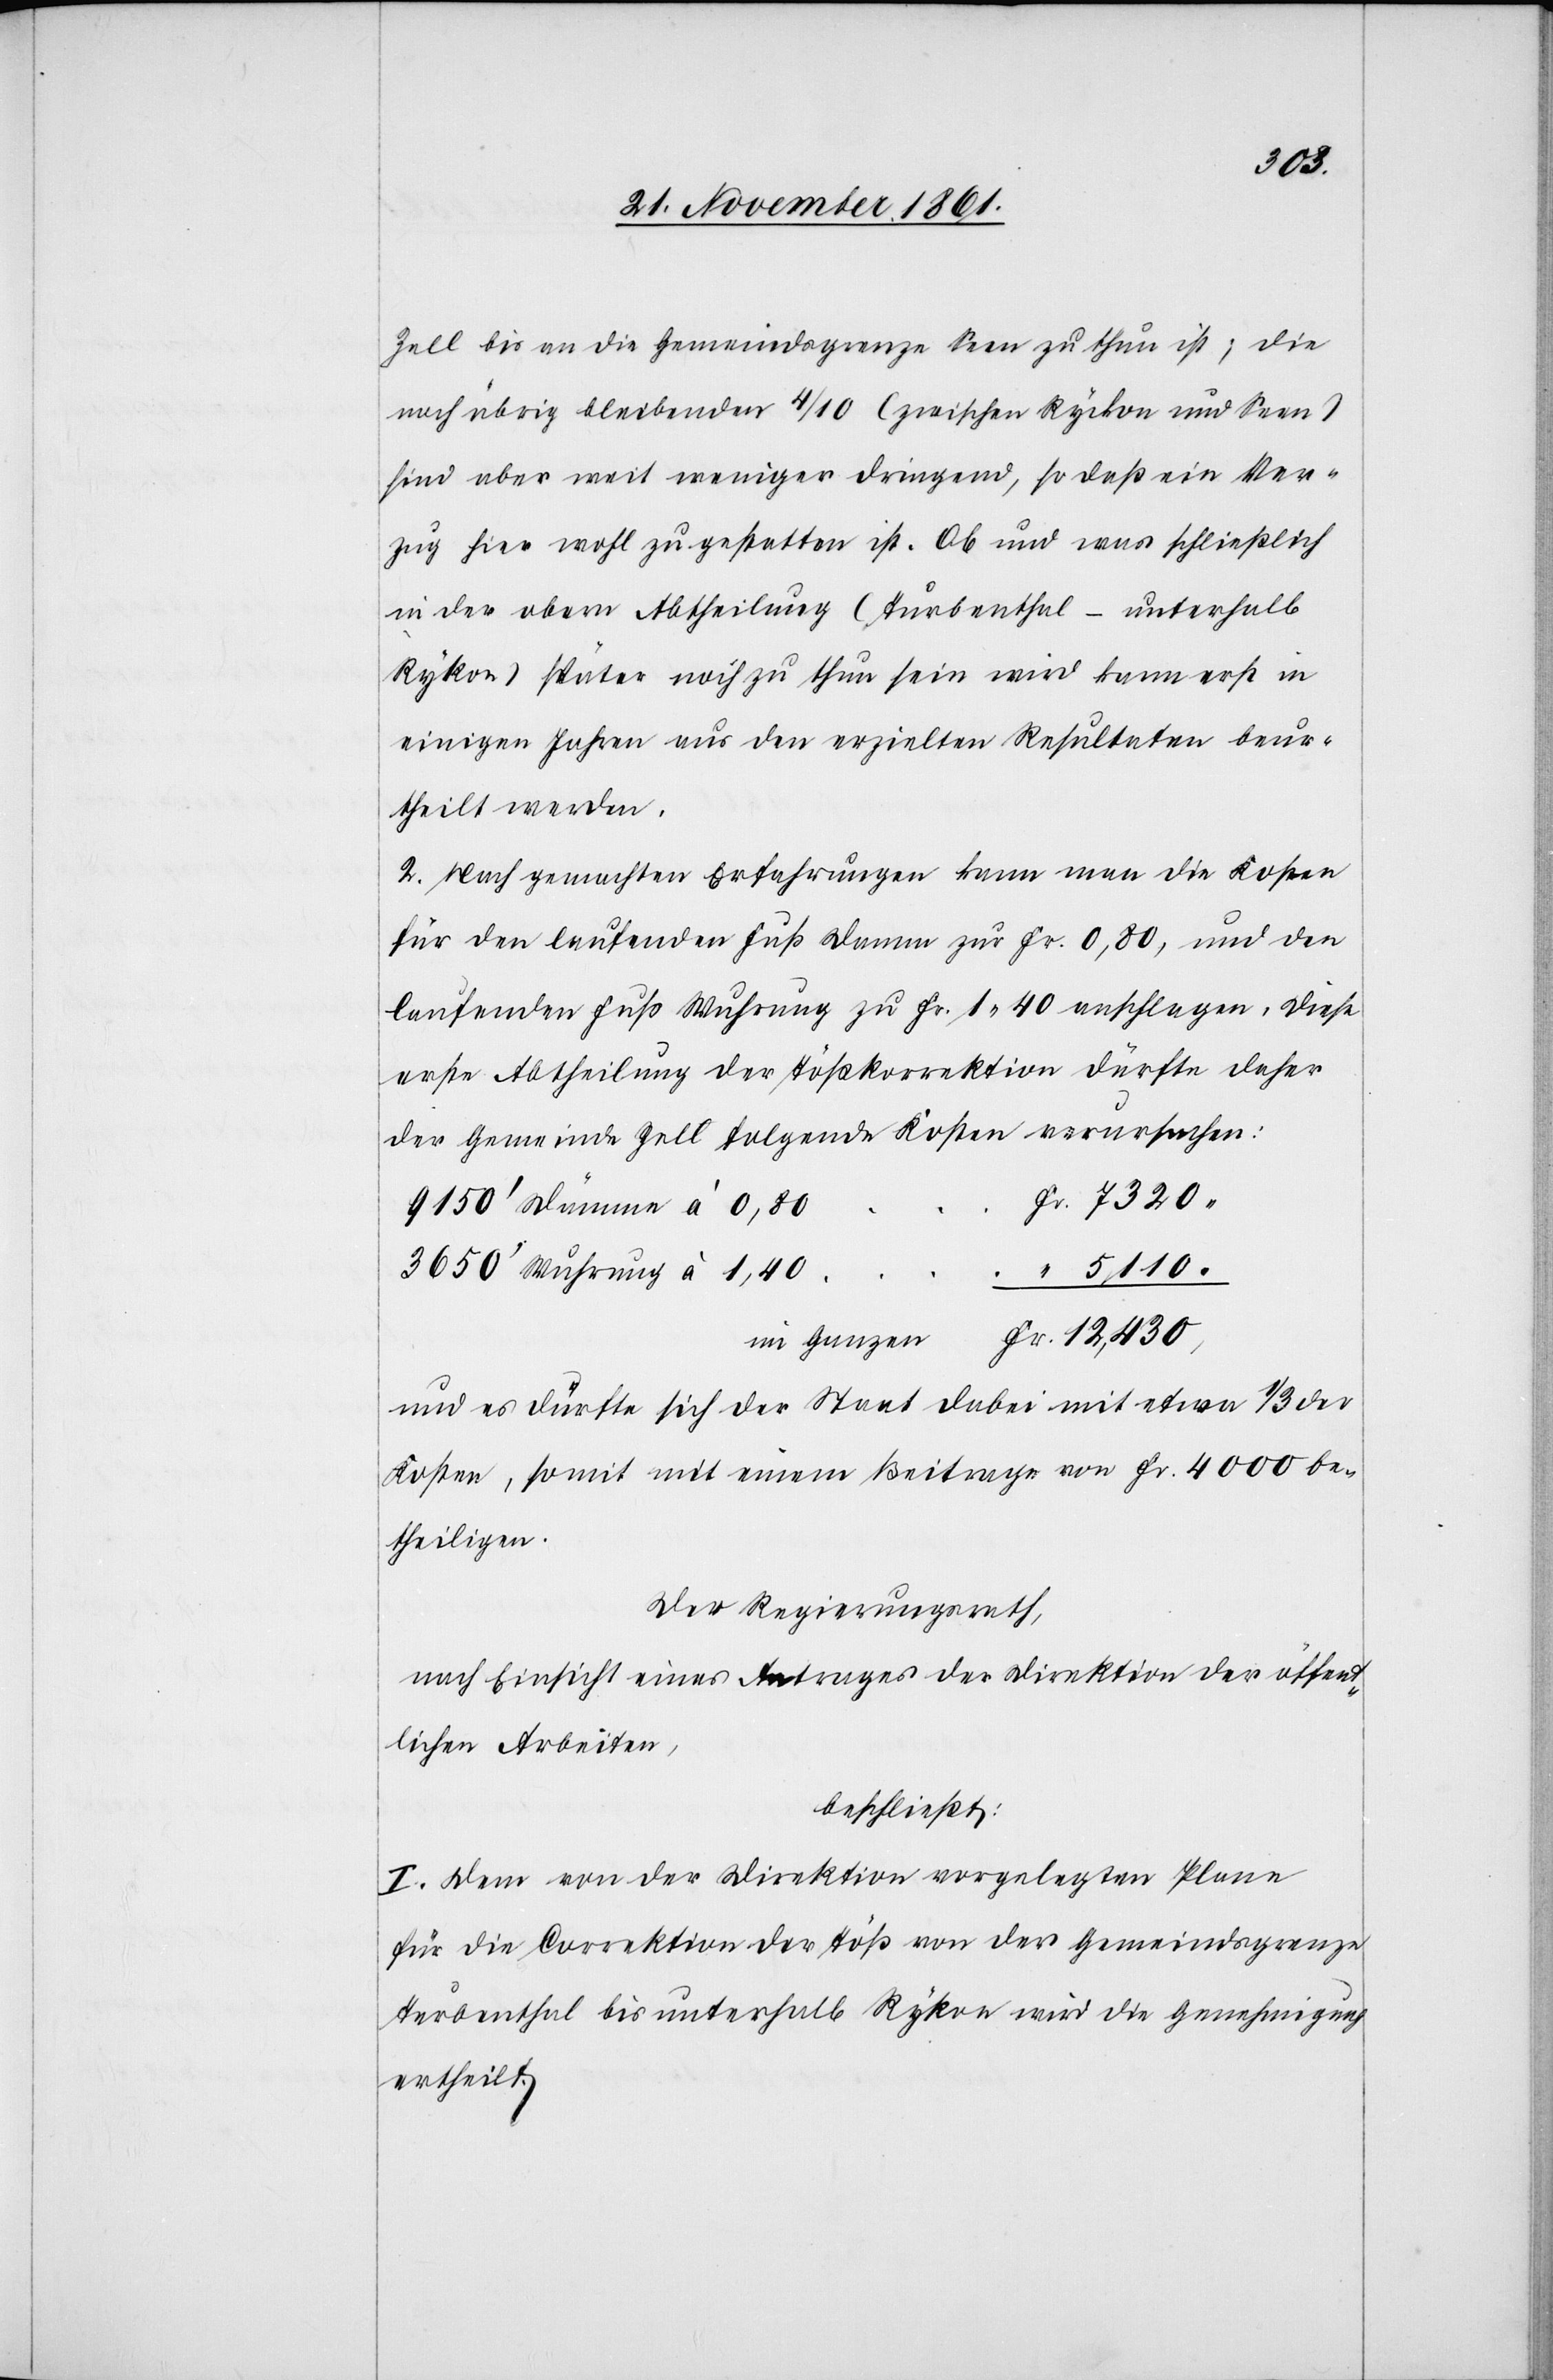
Zell bis an die Gemeindsgrenze Seen zu thun ist; die
noch übrig bleibenden 4/10 (zwischen Rykon und Seen)
sind aber weniger dringend, so daß ein Ver¬
zug hier wohl zu gestatten ist. Ob und was schließlich
in der obern Abtheilung (Turbenthal – unterhalb
Rykon) später noch zu thun sein wird kann erst in
einigen Jahren aus den erzielten Resultaten beur¬
theilt werden.
2. Nach gemachten Erfahrungen kann man die Kosten
für den laufenden Fuß Damm zu Fr. 0,80, und den
laufenden Fuß Wuhrung zu Fr. 1.40 anschlagen, diese
erste Abtheilung der Tößkorrektion dürfte daher
der Gemeinde Zell folgende Kosten verursachen:
Fr. 7320.
9150’ Dämme à 0,80
3650’ Wuhrung à 1.40
“ 5110.
Fr. 12,430
im Ganzen
und es dürfte sich der Staat dabei mit etwa 1/3 der
Kosten, somit mit einem Beitrage von Fr. 4000 be¬
theiligen.
Der Regierungsrath,
nach Einsicht eines Antrages der Direktion der öffent¬
lichen Arbeiten,
beschließt:
I. Dem von der Direktion vorgelegten Plane
für die Correktion der Töß von der Gemeindsgrenze
Turbenthal bis unterhalb Rykon wird die Genehmigung
ertheilt.